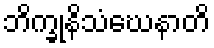
ဘိက္ခုနိသံဃေနာတိ